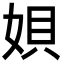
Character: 㛝